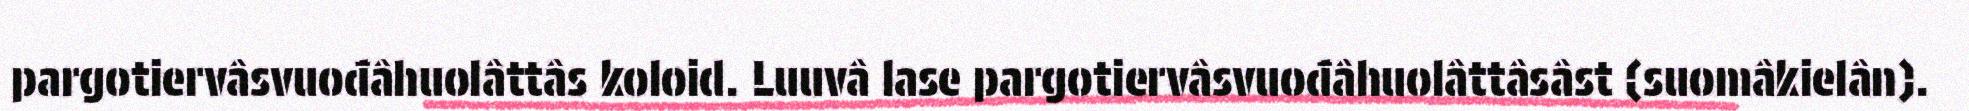
pargotiervâsvuođâhuolâttâs koloid. Luuvâ lase pargotiervâsvuođâhuolâttâsâst (suomâkielân).